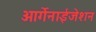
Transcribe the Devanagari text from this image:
ओर्गेनाईजेशन